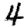
Digit: 4